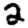
Digit: 2